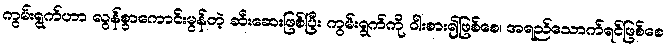
ကွမ်းရွက်ဟာ လွန်စွာကောင်းမွန်တဲ့ ဆီးဆေးဖြစ်ပြီး ကွမ်းရွက်ကို ဝါးစား၍ဖြစ်စေ၊ အရည်သောက်ရင်ဖြစ်စေ